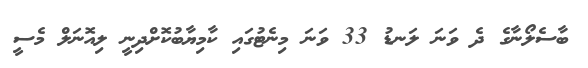
ބާސެލޯނާގެ ދެ ވަނަ ލަނޑު 33 ވަނަ މިނެޓުގައި ކާމިޔާބުކޮށްދިނީ ލިއޮނަލް މެސީ